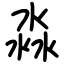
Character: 淼